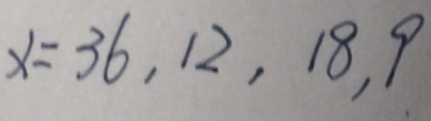
x = 3 6 , 1 2 , 1 8 , 9